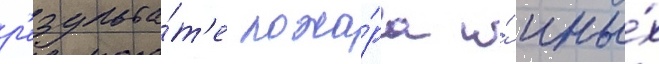
р'езульта́т'е пожа́ра и́ ины́х